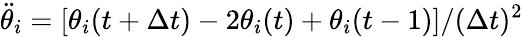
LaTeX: \ddot{\theta}_{i}=[\theta_{i}(t+\Delta t)-2\theta_{i}(t)+\theta_{i}(t-1)]/(\Delta t)^{2}